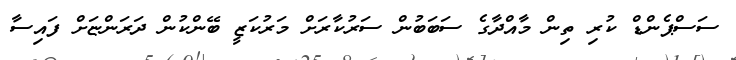
ސަސްޕެންޑް ކުރި ތިން މާއްދާގެ ސަބަބުން ސަރުކާރަށް މަރުކަޒީ ބޭންކުން ދަރަންޏަށް ފައިސާ